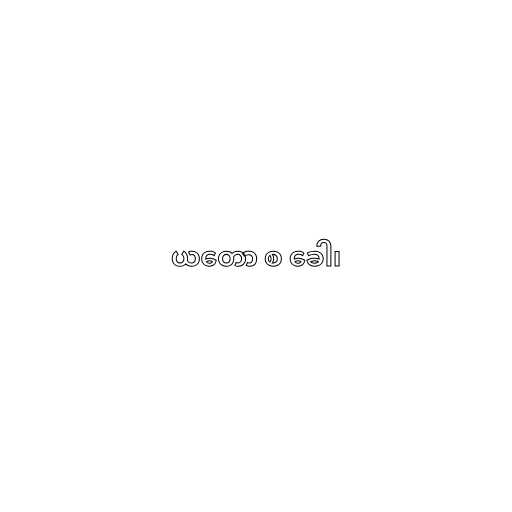
ယတော စ ခေါ၊